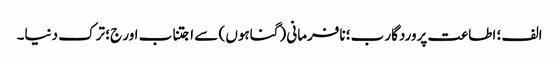
الف ؛ اطاعت پروردگار ب؛ نافرمانی (گناہوں ) سے اجتناب اور ج؛ ترک دنیا۔